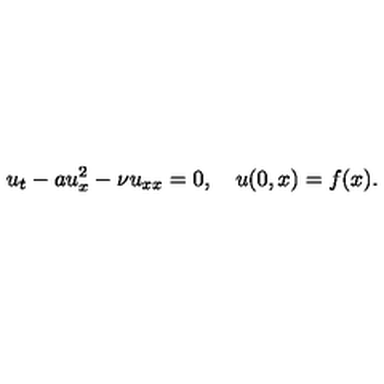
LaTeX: u _ { t } - a u _ { x } ^ { 2 } - { \nu } { u } _ { x x } = 0 , \quad u ( 0 , x ) = f ( x ) .